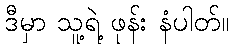
ဒီမှာ သူ့ရဲ့ ဖုန်း နံပါတ်။